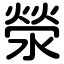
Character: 滎